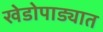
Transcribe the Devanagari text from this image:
खेडोपाड्यात